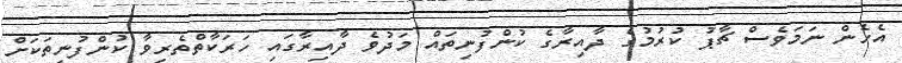
އެހެން ނަމަވެސް ޗާޕު ކުރުމުގެ ދާއިރާގެ ކުންފުނިތައް މަދުވެ ދާއިރާގައި ހަރަކާތްތެރިވާ ކުންފުނިތަކަށް